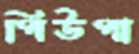
পিউপা